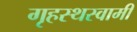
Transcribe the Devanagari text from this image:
गृहस्थस्वामी